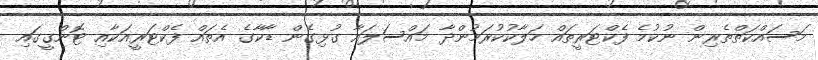
މަސައްކަތްތެރިން ނުކުމެ ފެކްޓަރީތައް ހަލާކުކުރަމުންދާ މައްސަލައާ ގުޅިގެން ޑާކާގެ އެތައް ފެކްޓަރީއަކާއި ޓޮންގީގައި